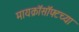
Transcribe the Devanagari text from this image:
मायक्रॉसॉफ्टच्या